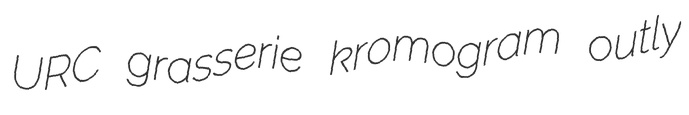
URC grasserie kromogram outly